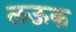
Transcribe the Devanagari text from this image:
लऊक